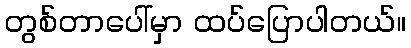
တွစ်တာပေါ်မှာ ထပ်ပြောပါတယ်။